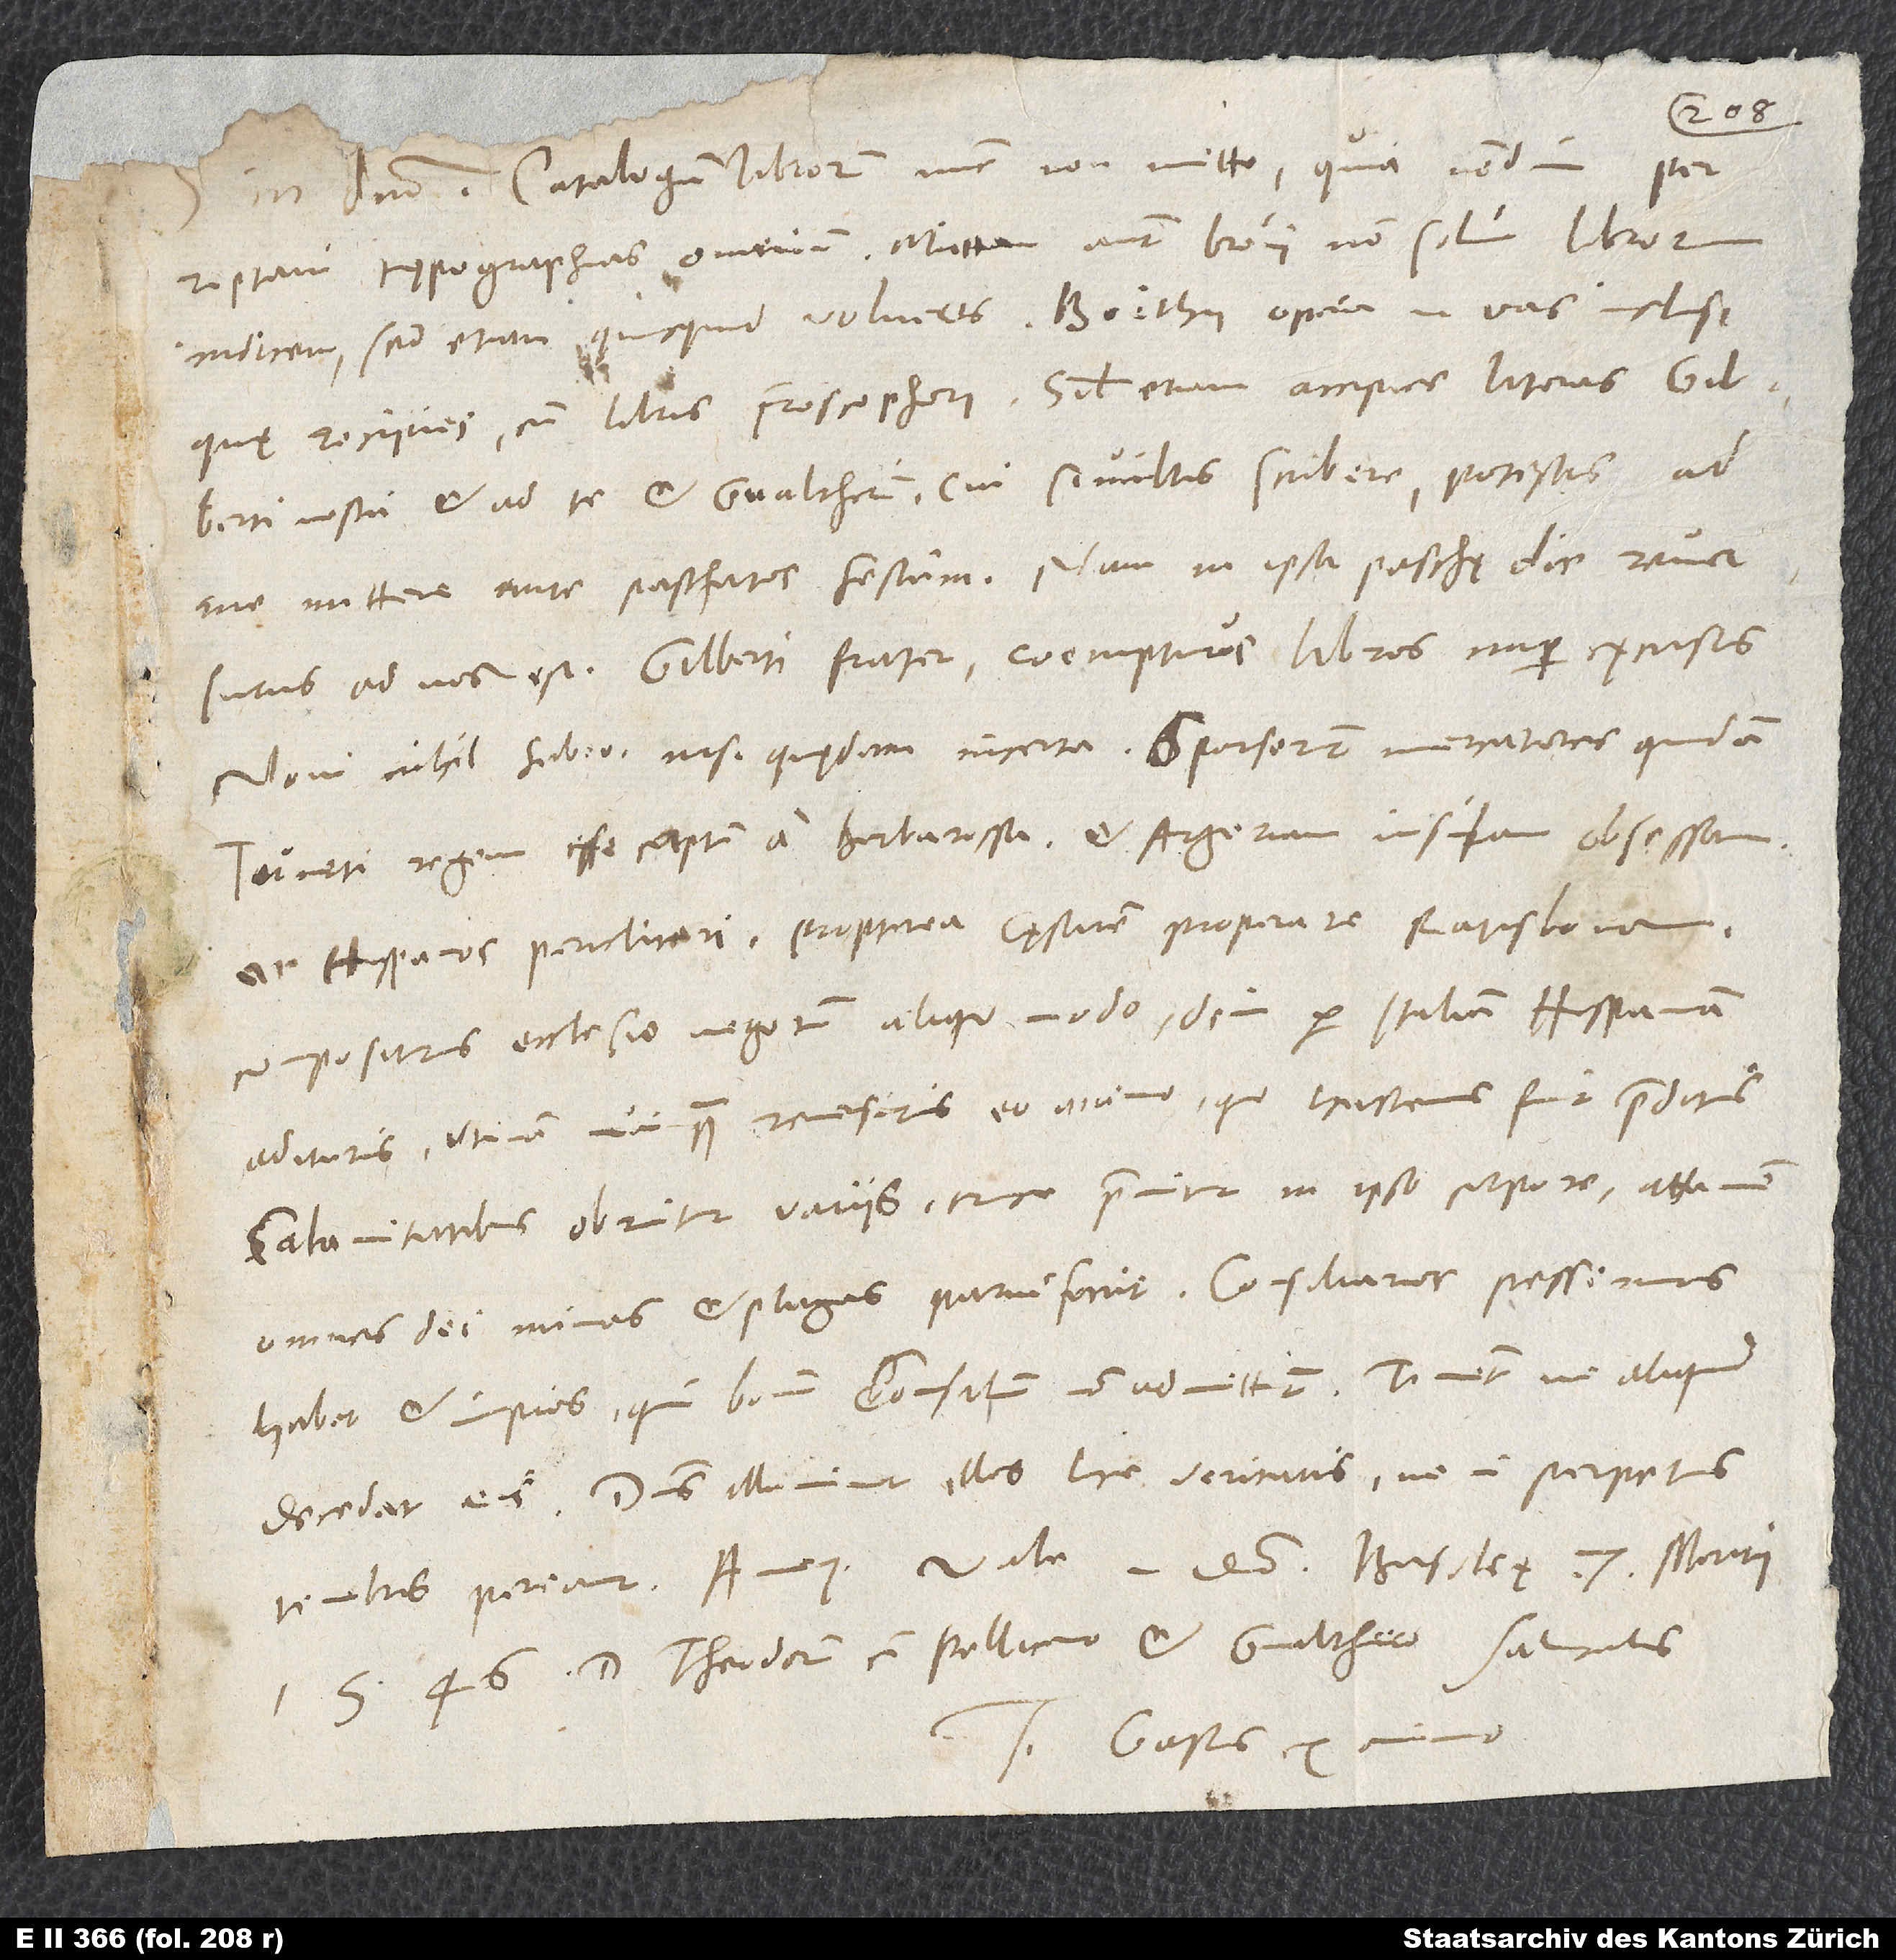
S.
in domino. Catalogum librorum nunc non mitto, quia nondum
perreptavi typographias omnium. Mittam autem brevi non solum librorum
indicem, sed etiam quicquid volueris. Boethii opera in vas inclusi,
quę recipies cum libris Froscophori. Simul etiam accipies literas Gilberti
nostri et ad te et Gvaltherum; cui si vultis scribere, potestis ad
me mittere ante paschatos festum. Nam in ipsa paschę die reversurus
ad nos est Gilberti frater coempturus libros nuper excusos.
Novi nihil habeo nisi quędam incerta. Sparserunt mercatores quidam
Tuneti regem esse captum a Barbarossa et Argeriam insulam obsessam
ac Hispanos periclitari. Propterea cęsarem properare Ratisbonam,
compositurus ecclesie negotium aliquo modo, dein per Italiam Hispaniam
Utinam nunquam reversurus eo animo, quo hactenus fuit praeditus!
Calamitatibus obruitur variis, cruce premitur in ipso corpore, attamen
omnes dei minas et plagas parvi facit. Consiliarios pessimos
habet et impios, qui bonum consilium non admittunt; timent, ne aliquid
decedat eis. Dominus illuminet illos luce veritate, ne in perpetuis
1546. D. Theodorum cum Pellicano et Gvalthero salutabis.
Tuus Gastius ex animo.